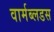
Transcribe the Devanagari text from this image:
वार्मब्लडस